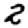
Digit: 2